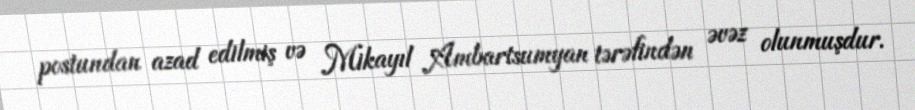
postundan azad edilmiş və Mikayıl Ambartsumyan tərəfindən əvəz olunmuşdur.